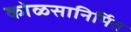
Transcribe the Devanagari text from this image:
कोळसानिर्मित